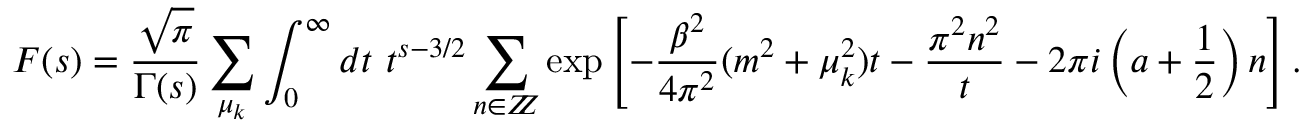
{ \cal F } ( s ) = \frac { \sqrt { \pi } } { \Gamma ( s ) } \sum _ { \mu _ { k } } \int _ { 0 } ^ { \infty } d t ~ t ^ { s - 3 / 2 } \sum _ { n \in Z \! \! \! Z } \exp \left[ - \frac { \beta ^ { 2 } } { 4 \pi ^ { 2 } } ( m ^ { 2 } + \mu _ { k } ^ { 2 } ) t - \frac { \pi ^ { 2 } n ^ { 2 } } { t } - 2 \pi i \left( a + \frac { 1 } { 2 } \right) n \right] .